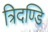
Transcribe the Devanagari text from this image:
त्रिदण्डि